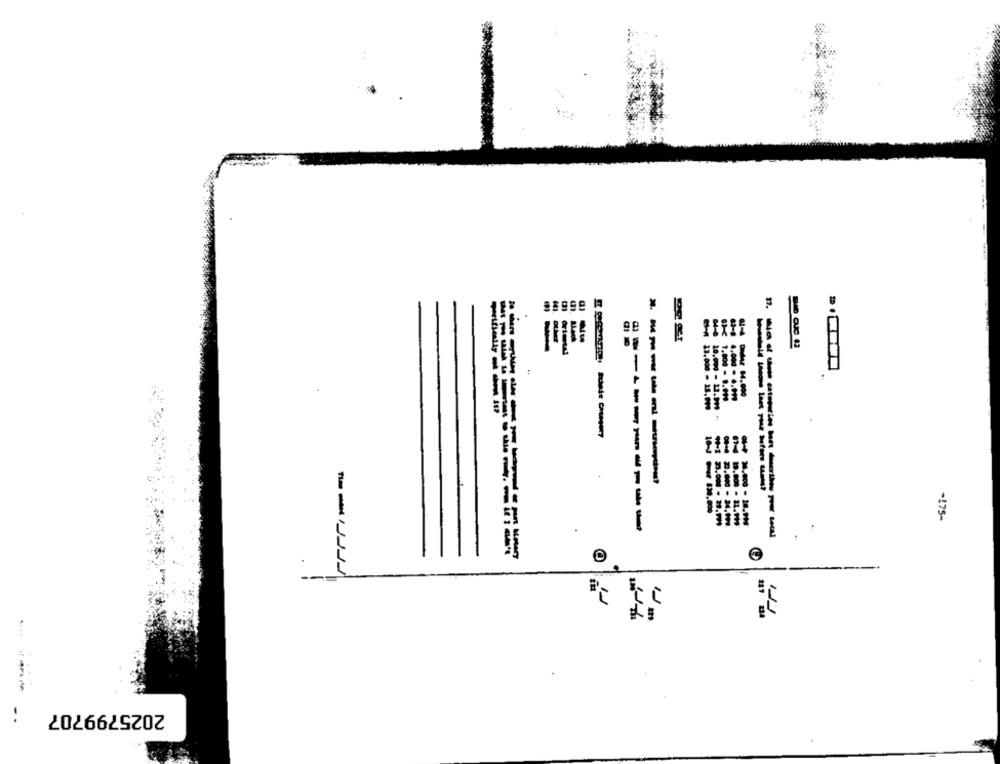
13.000
1.000 - 9.911
10.009 - 13.991 -
10.000
--------
Pour $30.000
-175-
-----------
7.00d'. H.171
0.000 - 34.999.
--
2025799707